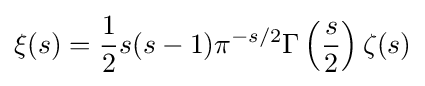
\xi (s)={\frac {1}{2}}s(s-1)\pi ^{-s/2}\Gamma \left({\frac {s}{2}}\right)\zeta (s)